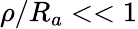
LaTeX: \rho/R_{a}<<1